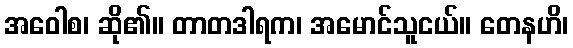
အဝေါစ၊ ဆို၏။ တာတဒါရက၊ အမောင်သူငယ်။ တေနဟိ၊